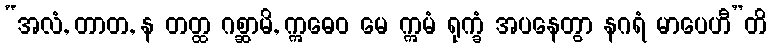
“အလံ, တာတ, န တတ္ထ ဂစ္ဆာမိ, ဣဓေဝ မေ ဣမံ ရုက္ခံ အပနေတွာ နဂရံ မာပေဟီ”တိ